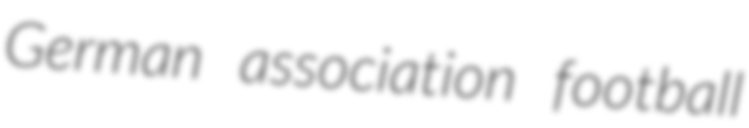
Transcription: German association football